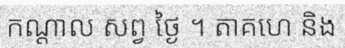
កណ្តាល សព្វ ថ្ងៃ ។ តាគហេ និង